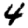
Digit: 4